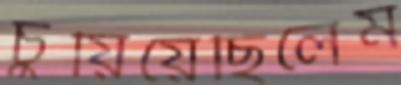
চুয়িয়েছিলেম